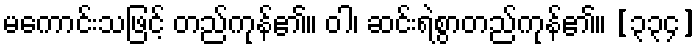
မကောင်းသဖြင့် တည်ကုန်၏။ ဝါ၊ ဆင်းရဲစွာတည်ကုန်၏။ [၃၃၄]